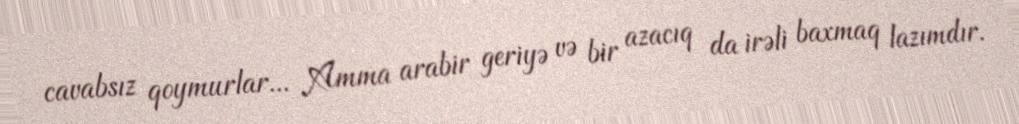
cavabsız qoymurlar... Amma arabir geriyə və bir azacıq da irəli baxmaq lazımdır.